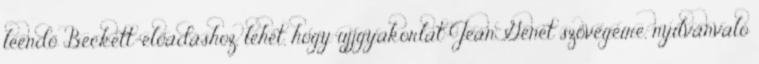
leendő Beckett-előadáshoz, lehet, hogy ujjgyakorlat Jean Genet szövegeire, nyilvánvaló